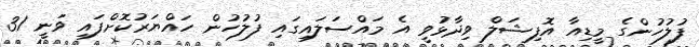
ފުލުހުންގެ މީޑިއާ އޮފިޝަލް ވިދާޅުވީ އެ މައްސަލައިގައި ފުލުހުން ހައްޔަރުކޮށްފައި ވަނީ 31